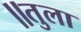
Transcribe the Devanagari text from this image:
॥तुला